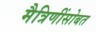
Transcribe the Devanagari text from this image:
मैत्रिणींसोबत